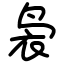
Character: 袅